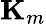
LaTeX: \textbf{K}_{m}